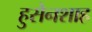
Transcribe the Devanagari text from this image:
हुसेनशाह